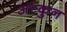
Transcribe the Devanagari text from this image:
अटकुन